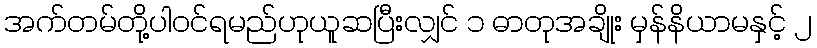
အက်တမ်တို့ပါဝင်ရမည်ဟုယူဆပြီးလျှင် ၁ ဓာတုအချိုး မှန်နိယာမနှင့် ၂